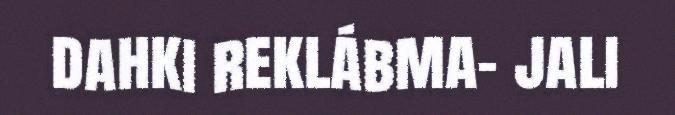
dahki reklábma- jali